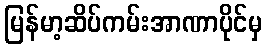
မြန်မာ့ဆိပ်ကမ်းအာဏာပိုင်မှ